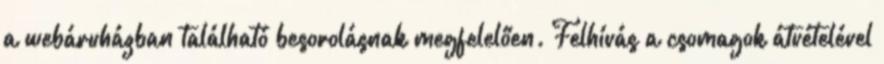
a webáruházban található besorolásnak megfelelően. Felhívás a csomagok átvételével